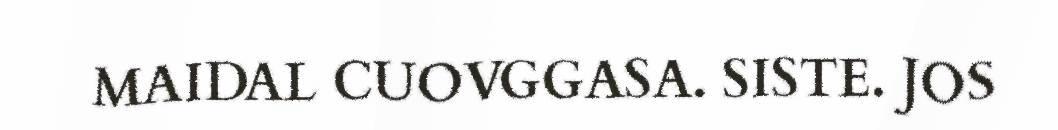
MAIDAL CUOVGGASA. SISTE. JOS